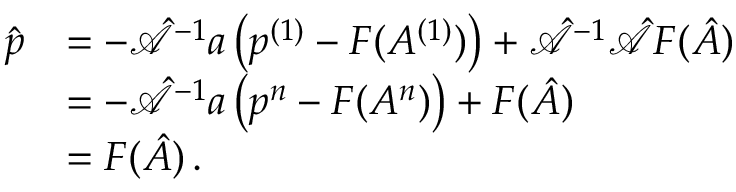
\begin{array} { r l } { \hat { \boldsymbol { p } } } & { = - \hat { \mathcal { A } } ^ { - 1 } \boldsymbol { a } \left( p ^ { ( 1 ) } - F ( A ^ { ( 1 ) } ) \right) + \hat { \mathcal { A } } ^ { - 1 } \hat { \mathcal { A } } \boldsymbol { F } ( \boldsymbol { \hat { A } } ) \, } \\ & { = - \hat { \mathcal { A } } ^ { - 1 } \boldsymbol { a } \left( p ^ { n } - F ( A ^ { n } ) \right) + \boldsymbol { F } ( \boldsymbol { \hat { A } } ) \, } \\ & { = \boldsymbol { F } ( \boldsymbol { \hat { A } } ) \, . } \end{array}